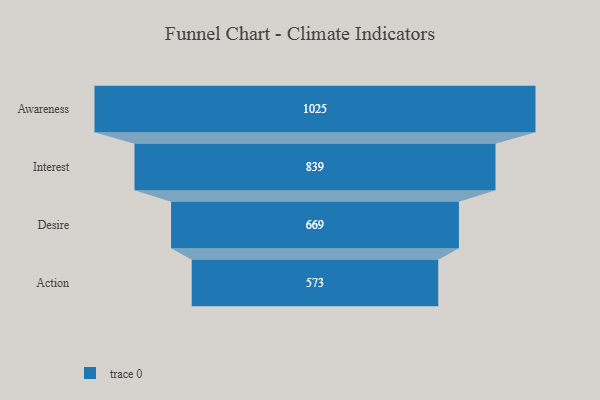
{"axis": {"x": "Stage", "y": "Value"}, "legend": [""], "data": [{"x": "Awareness", "y": 1025.0, "type": ""}, {"x": "Interest", "y": 839.0, "type": ""}, {"x": "Desire", "y": 669.0, "type": ""}, {"x": "Action", "y": 573.0, "type": ""}]}